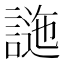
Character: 𧪁